Indian journal of veterinary science and animal husbandry - Volume 12,
Year: 1942
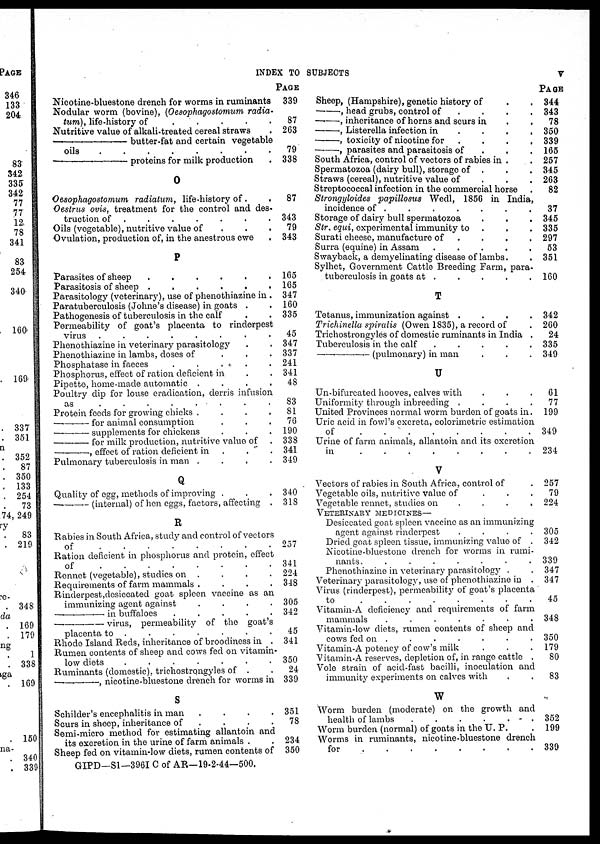
INDEX TO SUBJECTS
V
Nicotine-bluestone drench for worms in ruminants
Nodular worm (bovine), (Oesophagostomum radia¬
turn), life-history of
.
.
.
.
.
Nutritive value of alkali-treated cereal straws .
— butter-fat and certain vegetable
oils
.
.
.
.
.
.
.
.
—
proteins for milk production .
O
Oesophagostomum radiatum, life-history of . .
Oestrus ovis, treatment for the control and des-
truction of .
.
.
.
.
.
Oils (vegetable), nutritive value of
Ovulation, production of, in the anestrous ewe .
P
Parasites of sheep
.
.
.
.
.
.
Parasitosis of sheep .
.
.
.
.
.
Parasitology (veterinary), use of phenothiazine in .
Paratuberculosis (Johne's disease) in goats . .
Pathogenesis of tuberculosis in the calf . .
Permeability of goat's placenta to rinderpest
virus .
.
.
.
.
.
.
.
Phenothiazine in veterinary parasitology . .
Phenothiazine in lambs, doses of
.
.
.
Phosphatase in faeces
.
.
.
.
.
Phosphorus, effect of ration deficient in . .
Pipette, home-made automatic .
.
.
.
Poultry dip for louse eradication, derris infusion
as
.
.
.
.
.
.
.
.
Protein feeds for growing chicks .
.
.
.
—for animal consumption . . .
—
supplements for chickens . . .
—
for milk production, nutritive value of .
—,
effect of ration deficient in
Pulmonary tuberculosis in man .
.
.
.
Q
Quality of egg, methods of improving . . .
—
(internal) of hen eggs, factors, affecting .
R
Rabies in South Africa, study and control of vectors
of
.
.
.
. . .
.
.
.
Ration deficient in phosphorus and protein, effect
of . . . . . . .
Rennet (vegetable), studies on . . . .
Requirements of farm mammals .
.
.
.
Rinderpest,desiccated goat spleen vaccine as an
immunizing agent against
.
.
.
.
—
in buffaloes
.
.
.
.
.
—
virus, permeability of the goat's
placenta to .
.
.
.
.
.
Rhode Island Reds, inheritance of broodiness in .
Rumen contents of sheep and cows fed on vitamin-
low diets
.
.
.
.
.
.
.
Ruminants (domestic), trichostrongyles of . .
—
nicotine-bluestone drench for worms in
S
Schilder's encephalitis in man
.
.
.
.
Scurs in sheep, inheritance of
.
.
.
Semi-micro method for estimating allantoin and
its excretion in the urine of farm animals . .
Sheep fed on vitamin-low diets, rumen contents of
PAGE
339
87
263
79
338
87
343
79
343
165
165
347
160
335
45
347
337
241
341
48
83
81
70
190
338
341
349
340
318
257
341
224
348
305
342
45
341
350
24
339
351
78
234
350
Sheep, (Hampshire), genetic history of . .
—,
head grubs, control of . . . .
—
inheritance of horns and scurs in . .
—,
Listerella infection in . . . .
—,
toxicity of nicotine for . . . .
—,
parasites and parasitosis of . . .
South Africa, control of vectors of rabies in . .
Spermatozoa (dairy bull), storage of . . .
Straws (cereal), nutritive value of . . .
Streptococcal infection in the commercial horse .
Strongyloides papillosus Wedl, 1856 in India
incidence of . . . . . . . .
Storage of dairy bull spermatozoa . . .
Str. equi, experimental immunity to . . .
Surati cheese, manufacture of . . . .
Surra (equine) in Assam .
.
.
.
.
Swayback, a demyelinating disease of lambs.
Sylhet, Government Cattle Breeding Farm, para
tuberculosis in goats at . . . . . .
T
Tetanus, immunization against .
.
.
.
Trichinella spiralis (Owen 1835), a record of .
Trichostrongyles of domestic ruminants in India .
Tuberculosis in the calf
.
.
.
.
.
—(pulmonary)
in man . . .
U
Un-bifurcated hooves, calves with . . .
Uniformity through inbreeding .
.
.
.
United Provinces normal worm burden of goats in.
Uric acid in fowl's excreta, colorimetric estimation
of . . . . . . . . . .
Urine of farm animals, allantoin and its excretion
in . . . . . . . . . .
V
Vectors of rabies in South Africa, control of .
Vegetable oils, nutritive value of . . .
Vegetable rennet, studies on
.
.
.
VETERINARY MEDICINES—
Desiccated goat spleen vaccine as an immunizing
agent against rinderpest
.
.
.
.
Dried goat spleen tissue, immunizing value of .
Nicotine-bluestone drench for worms in rumi-
nants.
.
.
.
.
.
.
.
Phenothiazine in veterinary parasitology . .
Veterinary parasitology, use of phenothiazine in .
Virus (rinderpest), permeability of goat's placenta
to . . . . . . . .
Vitamin-A deficiency and requirements of farm
mammals
.
.
.
.
.
.
.
Vitamin-low diets, rumen contents of sheep and
cows fed on . . . . . . . .
Vitamin-A potency of cow's milk . . .
Vitamin-A reserves, depletion of, in range cattle .
Vole strain of acid-fast bacilli, inoculation and
immunity experiments on calves with . .
W
Worm burden (moderate) on the growth and
health of lambs
.
.
.
.
.
.
Worm burden (normal) of goats in the U. P. .
Worms in ruminants, nicotine-bluestone drench
for
.
.
.
.
.
.
.
PAGE
344
343
78
350
339
165
257
345
263
82
37
345
335
297
53
351
160
342
260
24
335
349
61
77
199
349
234
257
79
224
305
342
339
347
347
45
348
350
179
80
83
352
199
339
GIPD—S1—3961 C of AR—19-2-44—500.